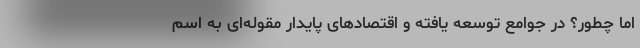
اما چطور؟ در جوامع توسعه یافته و اقتصاد‌های پایدار مقوله‌‌ای به اسم